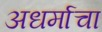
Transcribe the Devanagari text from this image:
अधर्माचा